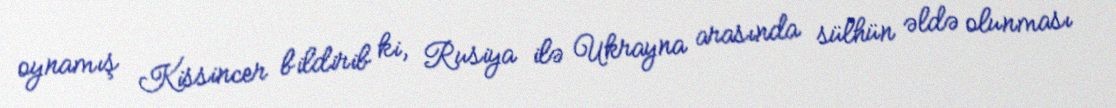
oynamış Kissincer bildirib ki, Rusiya ilə Ukrayna arasında sülhün əldə olunması